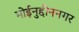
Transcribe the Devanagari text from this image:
मोईनुद्दीननगर